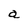
Character: a